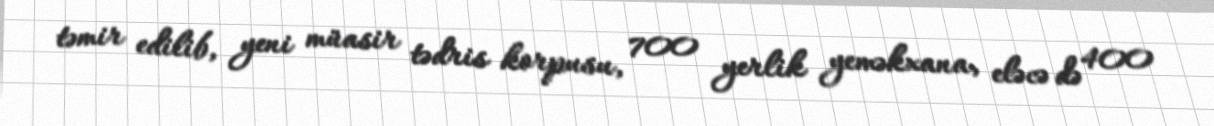
təmir edilib, yeni müasir tədris korpusu, 700 yerlik yeməkxana, eləcə də 400